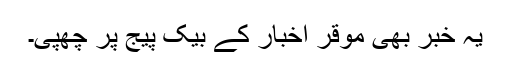
یہ خبر بھی موقر اخبار کے بیک پیج پر چھپی۔